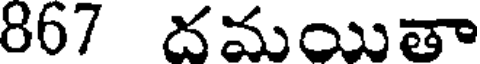
867 దమయితా